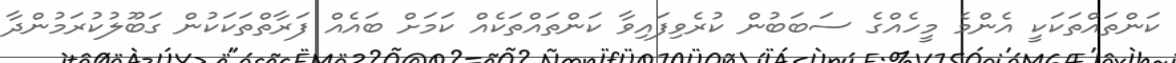
ކަންތައްތަކަކީ އެންމެ މީހެއްގެ ސަބަބުން ކުރެވިފައިވާ ކަންތައްތަކެއް ކަމަށް ބައެއް ފަރާތްތަކަކުން ގަބޫލުކުރަމުންދާ